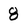
Character: 8